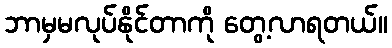
ဘာမှမလုပ်နိုင်တာကို တွေ့လာရတယ်။